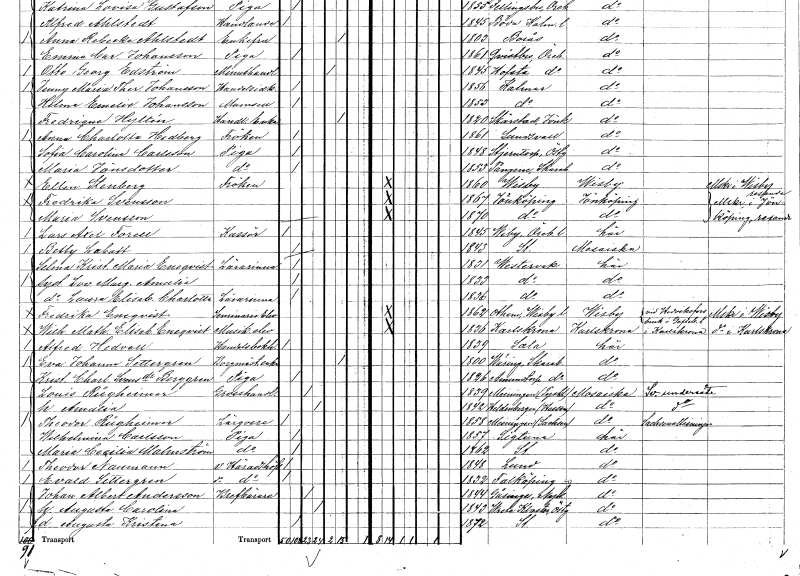
gt_parse: households: individuals: FN: Fredrika
EN: Svensson
KON: K
CIV: O
FODAR: 1867
FODFORS: Jönköping Jönköpings län
FN: Maria
EN: Svensson
KON: K
CIV: O
FODAR: 1870
FODFORS: Jönköping Jönköpings län
FN: Lars Axel
EN: Forell
YRKE: Kassör
KON: M
CIV: O
FODAR: 1845
FODFORS: Viby Örebro län
FN: Betty
EN: Labatt
KON: K
CIV: O
FODAR: 1843
FODFORS: Stockholm
FN: Selma Kristina Maria
EN: Eneqvist
YRKE: Lärarinna
KON: K
CIV: O
FODAR: 1831
FODFORS: Västervik Kalmar län
FN: Lovisa Margreta Amalia
KON: K
CIV: O
FODAR: 1833
FODFORS: Västervik Kalmar län
FN: Laura Elisabet Charlotta
YRKE: Lärarinna
KON: K
CIV: O
FODAR: 1836
FODFORS: Västervik Kalmar län
FN: Fredrika
EN: Eneqvist
YRKE: Seminarielev
KON: K
CIV: O
FODAR: 1862
FODFORS: Othem Gotlands län
FN: Wilhelm Mathilda Elisabet
EN: Eneqvist
YRKE: Musikelev
KON: K
CIV: O
FODAR: 1836
FODFORS: Karlskrona Blekinge län
FN: Alfred
EN: Hedvall
YRKE: Handelsbokhållare
KON: M
CIV: O
FODAR: 1839
FODFORS: Sala Västmanlands län
FN: Eva Johanna
EN: Settergren
YRKE: Borgmästareänka
KON: K
CIV: E
FODAR: 1800
FODFORS: Väring Skaraborgs län
FN: Kristina Charlotta
EN: Svensdotter Berggren
YRKE: Piga
KON: K
CIV: O
FODAR: 1826
FODFORS: Amundtorp Skaraborgs län
FN: Louis
EN: Rügheimer
YRKE: Grosshandlare
KON: M
CIV: G
FODAR: 1839
FN: Amalia
KON: K
CIV: G
FODAR: 1842
FN: Theodor
EN: Rügheimer
YRKE: Lärgosse
KON: M
CIV: O
FODAR: 1858
FN: Wilhelmina
EN: Carlsson
YRKE: Piga
KON: K
CIV: O
FODAR: 1857
FODFORS: Sigtuna Stockholms län
FN: Maria Cecilia
EN: Malmström
YRKE: Piga
KON: K
CIV: O
FODAR: 1862
FODFORS: Stockholm
FN: Theodor
EN: Naumann
YRKE: Häradshövding v.
KON: M
CIV: O
FODAR: 1848
FODFORS: Lund Malmöhus län
FN: Evald
EN: Settergren
YRKE: Häradshövding v.
KON: M
CIV: O
FODAR: 1832
FODFORS: Falköping Skaraborgs län
FN: Johan Albert
EN: Andersson
YRKE: Brevbärare
KON: M
CIV: G
FODAR: 1844
FODFORS: Gåsinge Södermanlands län
FN: Augusta Carolina
KON: K
CIV: G
FODAR: 1843
FODFORS: Vreta kloster Östergötlands län
FN: Augusta Kristina
KON: K
CIV: O
FODAR: 1872
FODFORS: Stockholm